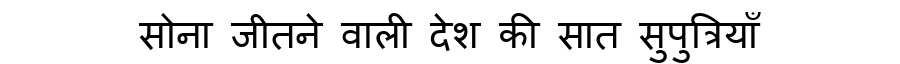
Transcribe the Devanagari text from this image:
सोना जीतने वाली देश की सात सुपुत्रियाँ